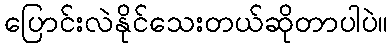
ပြောင်းလဲနိုင်သေးတယ်ဆိုတာပါပဲ။